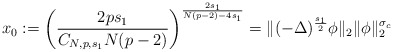
\begin{align*} x_0:=\left(\frac{2ps_1}{C_{N,p,s_1}N(p-2)}\right)^{\frac{2s_1}{N(p-2)-4s_1}}=\|(-\Delta)^{\frac{s_1}{2}} \phi\|_2\|\phi\|_2^{\sigma_c}\end{align*}